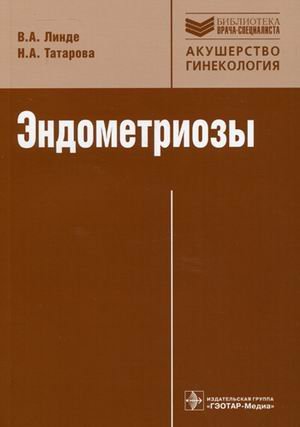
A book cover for Endometriosis. Pathogenesis, clinical picture, diagnosis and treatment (Series Library of a specialist ") / Endometriozy. Patogenez, klinicheskaya kartina, diagnostika i lechenie (Seriya "Biblioteka vracha-spetsialista"); N. A. Tatarova V. A. Linde; Health, Fitness & Dieting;